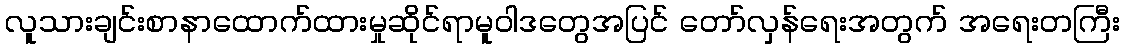
လူသားချင်းစာနာထောက်ထားမှုဆိုင်ရာမူဝါဒတွေအပြင် တော်လှန်ရေးအတွက် အရေးတကြီး